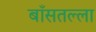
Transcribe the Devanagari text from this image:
बाँसतल्‍ला